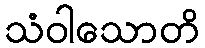
သံဝါသောတိ